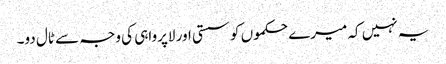
یہ نہیں کہ میرے حکموں کو سستی اور لاپرواہی کی وجہ سے ٹال دو۔